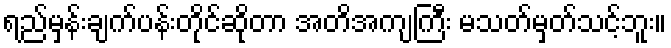
ရည်မှန်းချက်ပန်းတိုင်ဆိုတာ အတိအကျကြီး မသတ်မှတ်သင့်ဘူး။